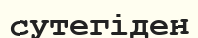
сутегіден